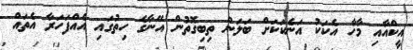
އީކްއާއި މާހާ އެކަކު އަނެކަކަށް ބަލަން ތިބިގޮތުން އޭނާގެ ހިތުގައި އެއްފަހަރާ އެތައް